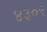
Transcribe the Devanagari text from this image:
४३०९